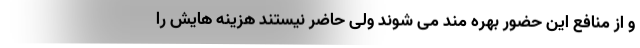
و از منافع این حضور بهره مند می شوند ولی حاضر نیستند هزینه هایش را